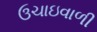
ઉચાઇવાળી